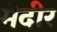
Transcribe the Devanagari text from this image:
मेदीर